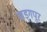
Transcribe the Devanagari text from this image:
खड्गपूर